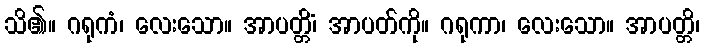
သိ၏။ ဂရုကံ၊ လေးသော။ အာပတ္တိံ၊ အာပတ်ကို။ ဂရုကာ၊ လေးသော။ အာပတ္တိ၊